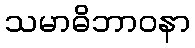
သမာဓိဘာဝနာ